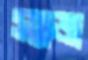
স্যাজ